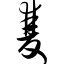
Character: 双